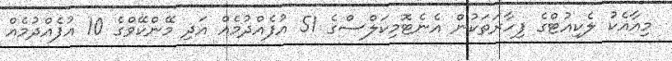
މިއާއެކު ލެކިއުޓްގެ ފިހާރަތަކުން އެނެޓޮމިކަލްސްގެ 51 އުފެއްދުމެއް އަދި މޭންކޭވްގެ 10 އުފެއްދުމެއް